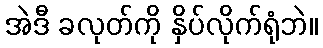
အဲဒီ ခလုတ်ကို နှိပ်လိုက်ရုံဘဲ။